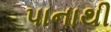
પાનાથી